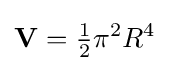
\mathbf {V} ={\begin{matrix}{\frac {1}{2}}\end{matrix}}\pi ^{2}R^{4}